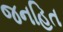
જનહિત